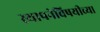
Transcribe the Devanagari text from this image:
स्थापनेविषयीच्या